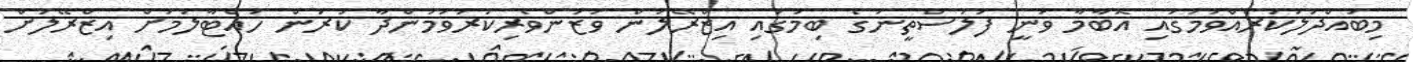
މިބައްދަލުކުރެއްވުމުގައި އޮބާމާ ވަނީ ފަލަސްތީނުގެ ބިމުގައި އިޒްރޭލުން ވަޒަންވެރިކުރުވަމުންދާ ކުރުން ހުއްޓާލުމަށް އިޒްރޭލަށް